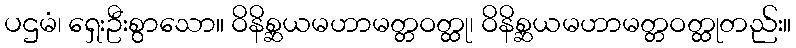
ပဌမံ၊ ရှေးဦးစွာသော။ ဝိနိစ္ဆယမဟာမတ္တဝတ္ထု၊ ဝိနိစ္ဆယမဟာမတ္တဝတ္ထုတည်း။